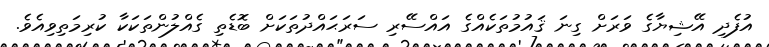
އުފެދި އޭޝިޔާގެ ވަރަށް ގިނަ ޤައުމުތަކެއްގެ އައްސޭރި ސަރަޙައްދުތަކަށް ބޮޑެތި ގެއްލުންތަކަކާ ކުރިމަތިވިއެވެ.